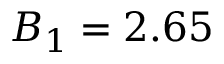
B _ { 1 } = 2 . 6 5